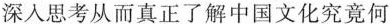
深入思考从而真正了解中国文化究竟何